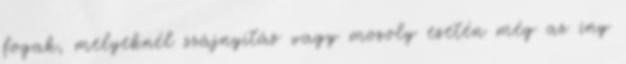
fogak, melyeknél szájnyitás vagy mosoly esetén még az íny